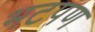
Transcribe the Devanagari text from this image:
भटपण